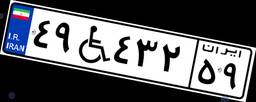
۴۹W۴۳۲۵۹